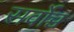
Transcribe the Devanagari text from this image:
सर्वाेच्च